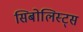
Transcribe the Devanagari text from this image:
सिबोलिस्ट्स